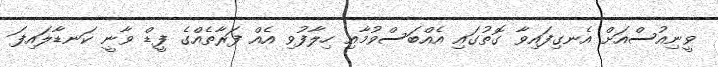
ވީނިއުސްއަށް އެނގިފައިވާ ގޮތުގައި އެއްބަސްވުމާއި ހިލާފުވި އެއް ފަރާތެއްގެ ފީޑް ވާނީ ކަނޑާލައިފަ